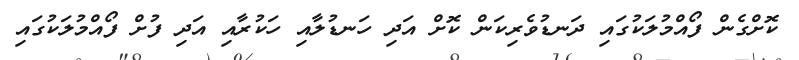
ކޮށްގެން ފޯއްމުލަކުގައި ދަނޑުވެރިކަން ކޮށް އަދި ހަނޑުލާއި ހަކުރާއި އަދި ފުށް ފޯއްމުލަކުގައި